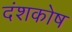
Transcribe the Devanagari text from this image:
दंशकोष